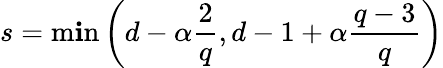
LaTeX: s=\operatorname*{m\mathbf{i}n}\left(d-\alpha\frac{{2}}{{q}},d-1+\alpha\frac{{q-3}}{{q}}\right)